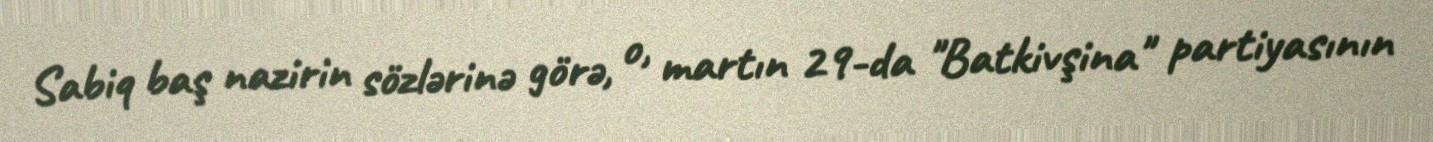
Sabiq baş nazirin sözlərinə görə, o, martın 29-da "Batkivşina" partiyasının